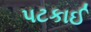
પટકાઈ